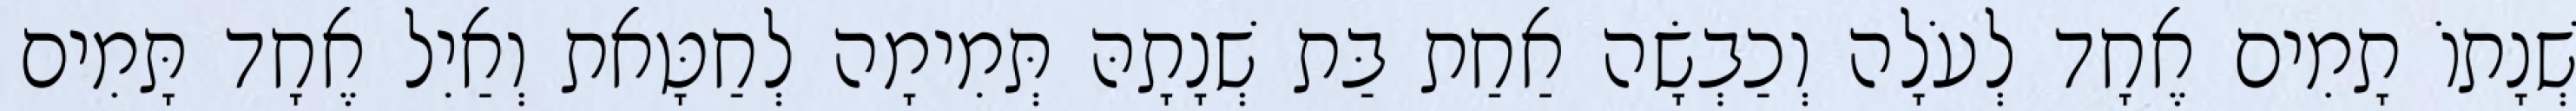
שְׁנָתוֹ תָמִים אֶחָד לְעֹלָה וְכַבְשָׂה אַחַת בַּת שְׁנָתָהּ תְּמִימָה לְחַטָּאת וְאַיִל אֶחָד תָּמִים